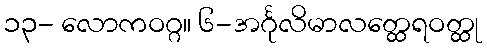
၁၃- လောကဝဂ္ဂ။ ၆-အင်္ဂုလိမာလတ္ထေရဝတ္ထု